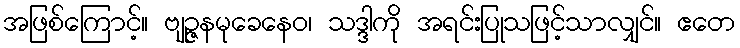
အဖြစ်ကြောင့်။ ဗျဉ္ဇနမုခေနေဝ၊ သဒ္ဒါကို အရင်းပြုသဖြင့်သာလျှင်။ ဧတေ